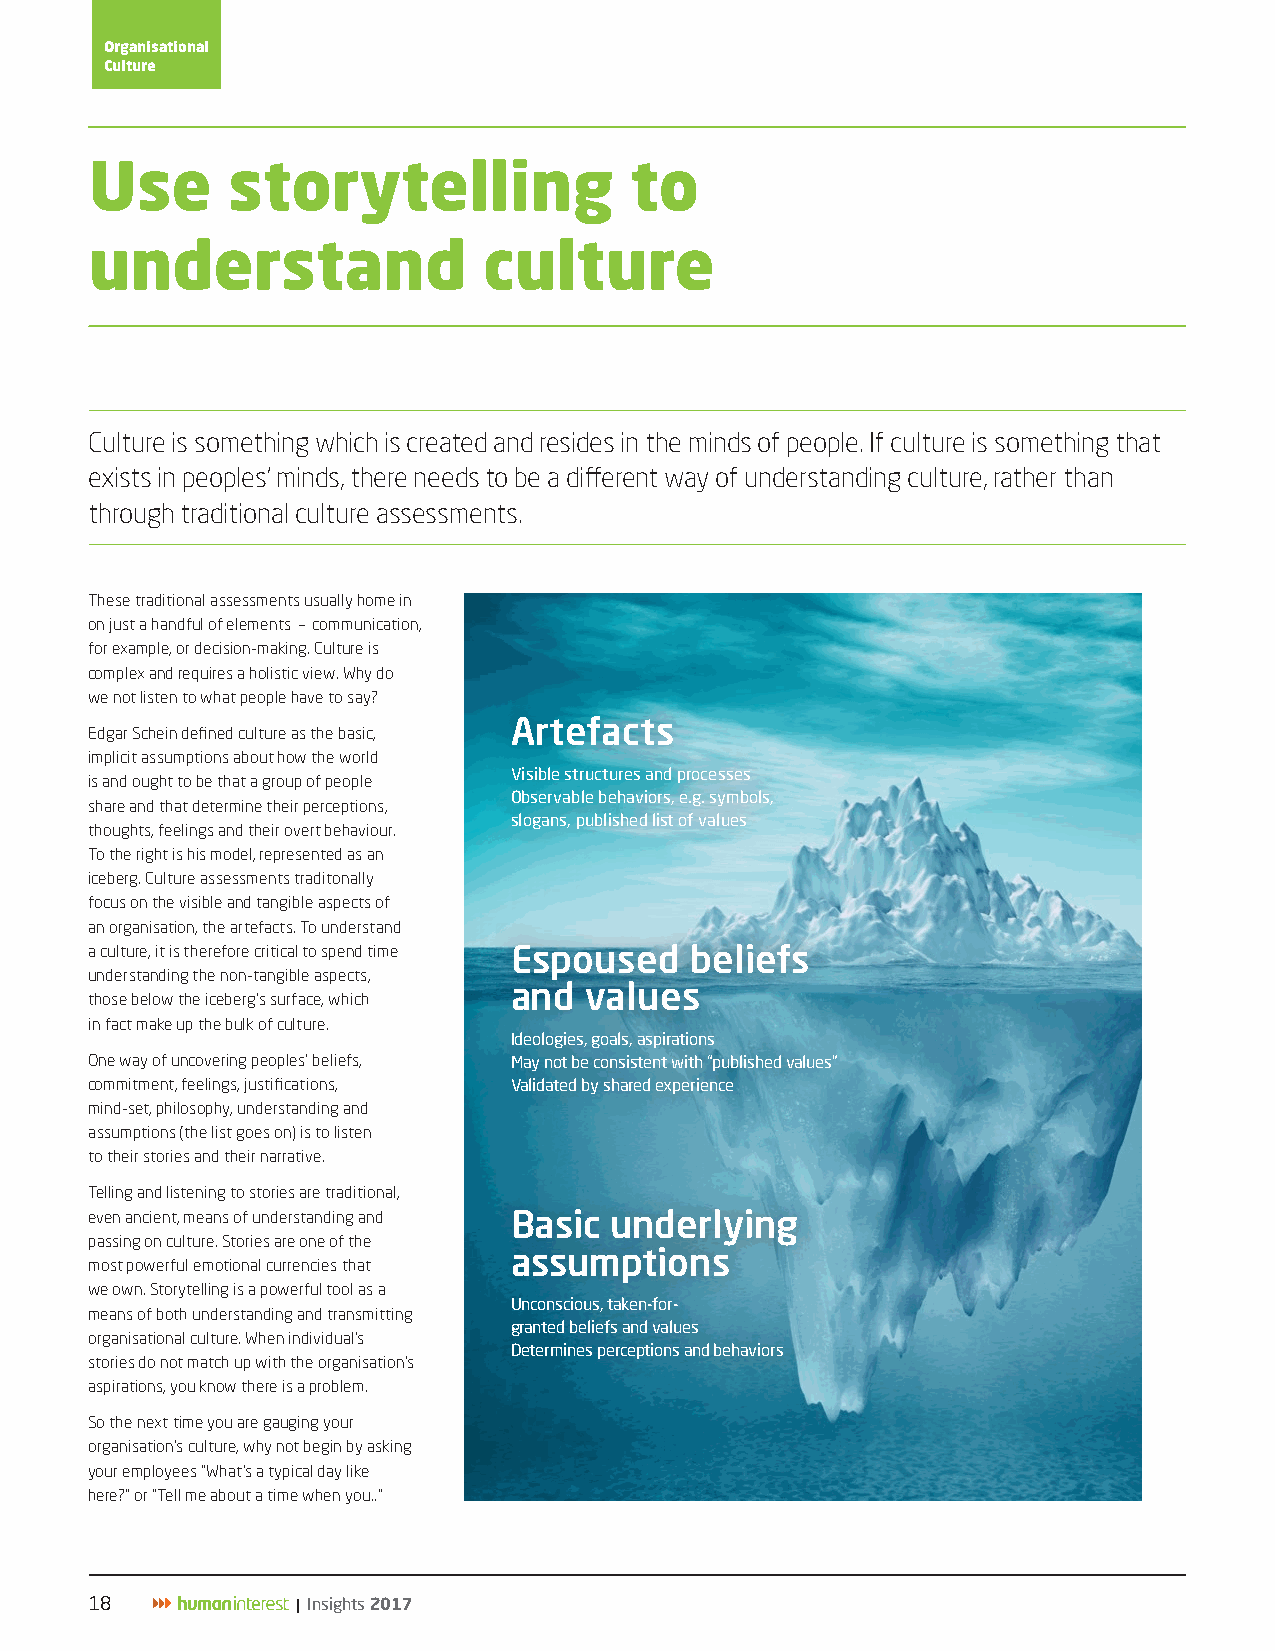
Organisational
 Culture
 Use      storytelling               to
 understand                culture
 Culture is something which is created and resides in the minds of people. If culture is something that
 exists in peoples’ minds, there needs to be a different way of understanding culture, rather than
 through traditional culture assessments.
 These traditional assessments usually home in
 on just a handful of elements – communication,
 for example, or decision-making. Culture is
 complex and requires a holistic view. Why do
 we not listen to what people have to say?
 Artefacts
 Edgar Schein defined culture as the basic,
 implicit assumptions about how the world
 Visible structures and processes
 is and ought to be that a group of people
 Observable behaviors, e.g. symbols,
 share and that determine their perceptions,
 slogans, published list of values
 thoughts, feelings and their overt behaviour.
 To the right is his model, represented as an
 iceberg. Culture assessments traditonally
 focus on the visible and tangible aspects of
 an organisation, the artefacts. To understand
 a culture, it is therefore critical to spend time Espoused beliefs
 understanding the non-tangible aspects,
 and  values
 those below the iceberg’s surface, which
 in fact make up the bulk of culture.
 Ideologies, goals, aspirations
 One way of uncovering peoples’ beliefs, May not be consistent with “published values”
 commitment, feelings, justifications, Validated by shared experience
 mind-set, philosophy, understanding and
 assumptions (the list goes on) is to listen
 to their stories and their narrative.
 Telling and listening to stories are traditional,
 even ancient, means of understanding and Basic underlying
 passing on culture. Stories are one of the
 assumptions
 most powerful emotional currencies that
 we own. Storytelling is a powerful tool as a
 Unconscious, taken-for-
 means of both understanding and transmitting
 granted beliefs and values
 organisational culture. When individual’s
 Determines perceptions and behaviors
 stories do not match up with the organisation’s
 aspirations, you know there is a problem.
 So the next time you are gauging your
 organisation’s culture, why not begin by asking
 your employees “What’s a typical day like
 here?” or “Tell me about a time when you…”
 18            | Insights 2017